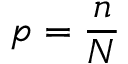
p = \frac { n } { N }